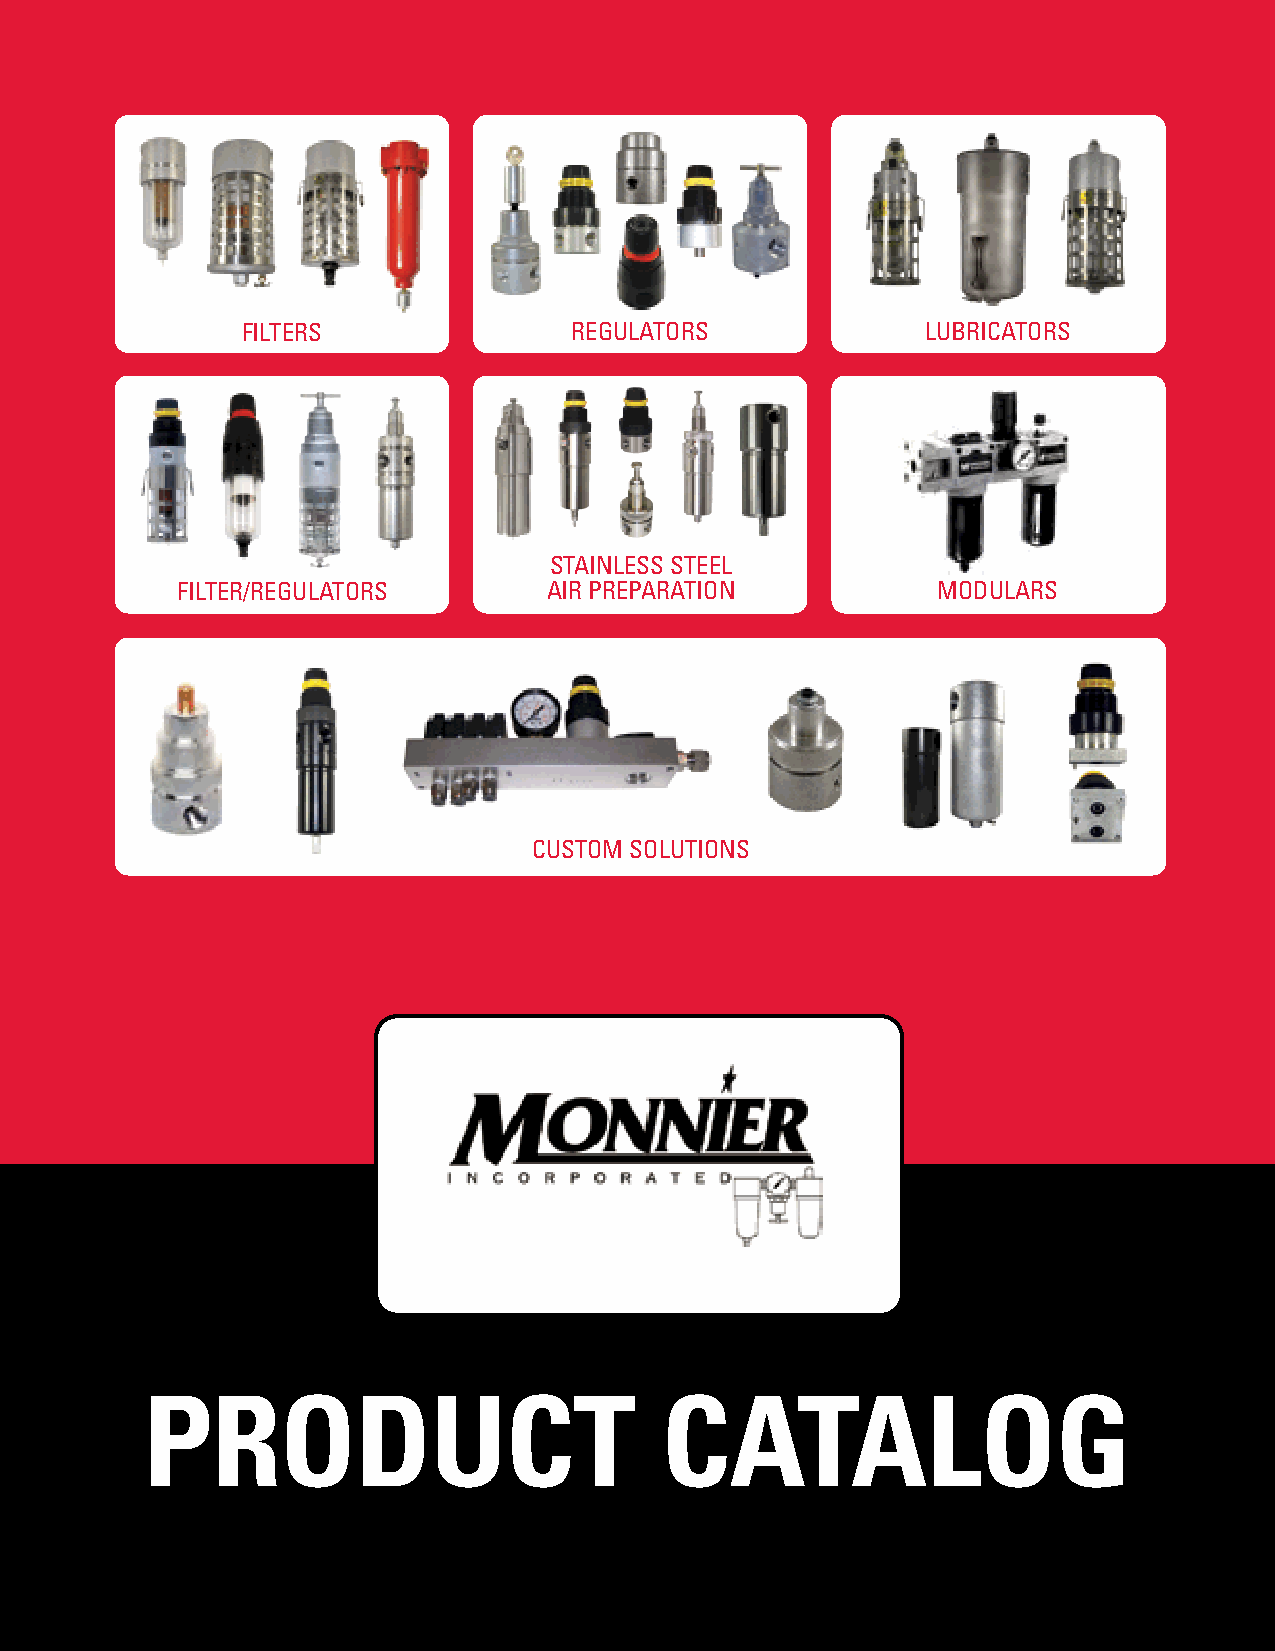
FILTERS               REGULATORS             LUBRICATORS
 STAINLESS STEEL
 FILTER/REGULATORS       AIR PREPARATION           MODULARS
 CUSTOM SOLUTIONS
 PRODUCT                            CATALOG